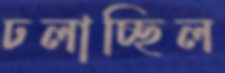
ঢলাচ্ছিল